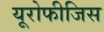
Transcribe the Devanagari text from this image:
यूरोफीजिस